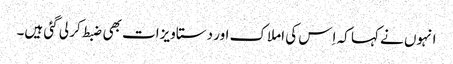
انہوں نے کہا کہ اِس کی املاک اور دستاویزات بھی ضبط کر لی گئی ہیں۔